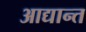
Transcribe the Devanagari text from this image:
आद्यान्त